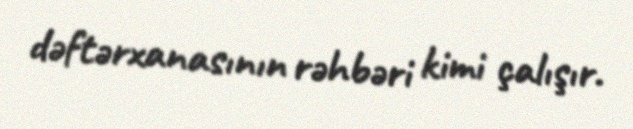
dəftərxanasının rəhbəri kimi çalışır.